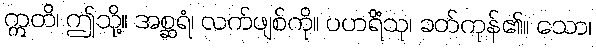
ဣတိ၊ ဤသို့။ အစ္ဆရံ၊ လက်ဖျစ်ကို။ ပဟရိံသု၊ ခတ်ကုန်၏။ သော၊